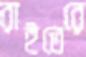
রাইতেরে